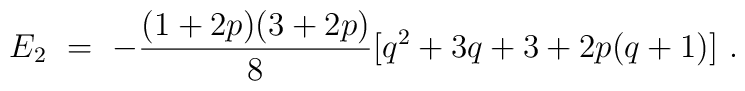
E_2\ =\ -\frac{(1+2p)(3+2p)}{8}\big[q^2+3q+3+2p(q+1)\big]\ .